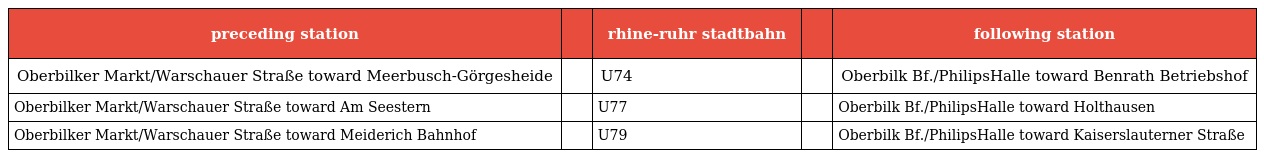
| preceding station |  | rhine-ruhr stadtbahn |  | following station |
 | --- | --- | --- | --- | --- |
 | Oberbilker Markt/Warschauer Straße toward Meerbusch-Görgesheide |  | U74 |  | Oberbilk Bf./PhilipsHalle toward Benrath Betriebshof |
 | Oberbilker Markt/Warschauer Straße toward Am Seestern |  | U77 |  | Oberbilk Bf./PhilipsHalle toward Holthausen |
 | Oberbilker Markt/Warschauer Straße toward Meiderich Bahnhof |  | U79 |  | Oberbilk Bf./PhilipsHalle toward Kaiserslauterner Straße |